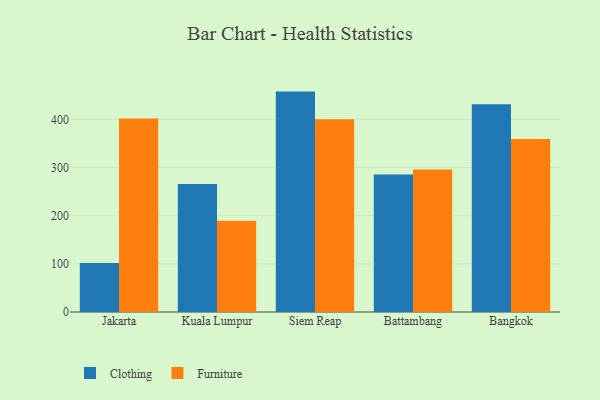
{"axis": {"x": "City", "y": "Humidity (%)"}, "legend": ["Clothing", "Furniture"], "data": [{"x": "Jakarta", "y": 101.5, "type": "Clothing"}, {"x": "Jakarta", "y": 402.0, "type": "Furniture"}, {"x": "Kuala Lumpur", "y": 266.0, "type": "Clothing"}, {"x": "Kuala Lumpur", "y": 189.5, "type": "Furniture"}, {"x": "Siem Reap", "y": 457.7, "type": "Clothing"}, {"x": "Siem Reap", "y": 400.5, "type": "Furniture"}, {"x": "Battambang", "y": 285.3, "type": "Clothing"}, {"x": "Battambang", "y": 296.0, "type": "Furniture"}, {"x": "Bangkok", "y": 431.2, "type": "Clothing"}, {"x": "Bangkok", "y": 359.2, "type": "Furniture"}]}